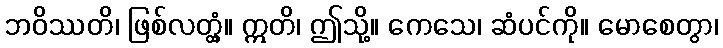
ဘဝိဿတိ၊ ဖြစ်လတ္တံ့။ ဣတိ၊ ဤသို့။ ကေသေ၊ ဆံပင်ကို။ မောစေတွာ၊